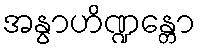
အနွာဟိဏ္ဍန္တော